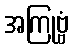
အကြုဗ္ဗံ